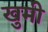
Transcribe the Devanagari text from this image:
खुमी